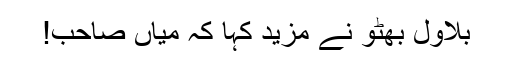
بلاول بھٹو نے مزید کہا کہ میاں صاحب!